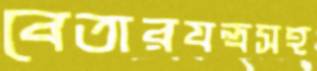
বেতারযন্ত্রসহ